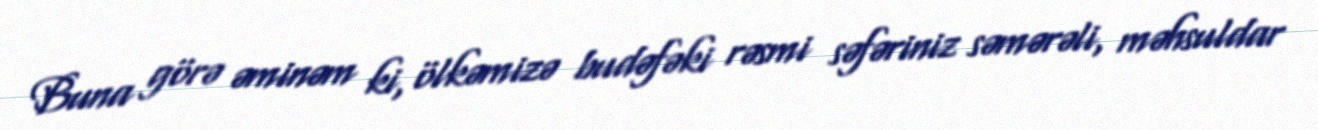
Buna görə əminəm ki, ölkəmizə budəfəki rəsmi səfəriniz səmərəli, məhsuldar